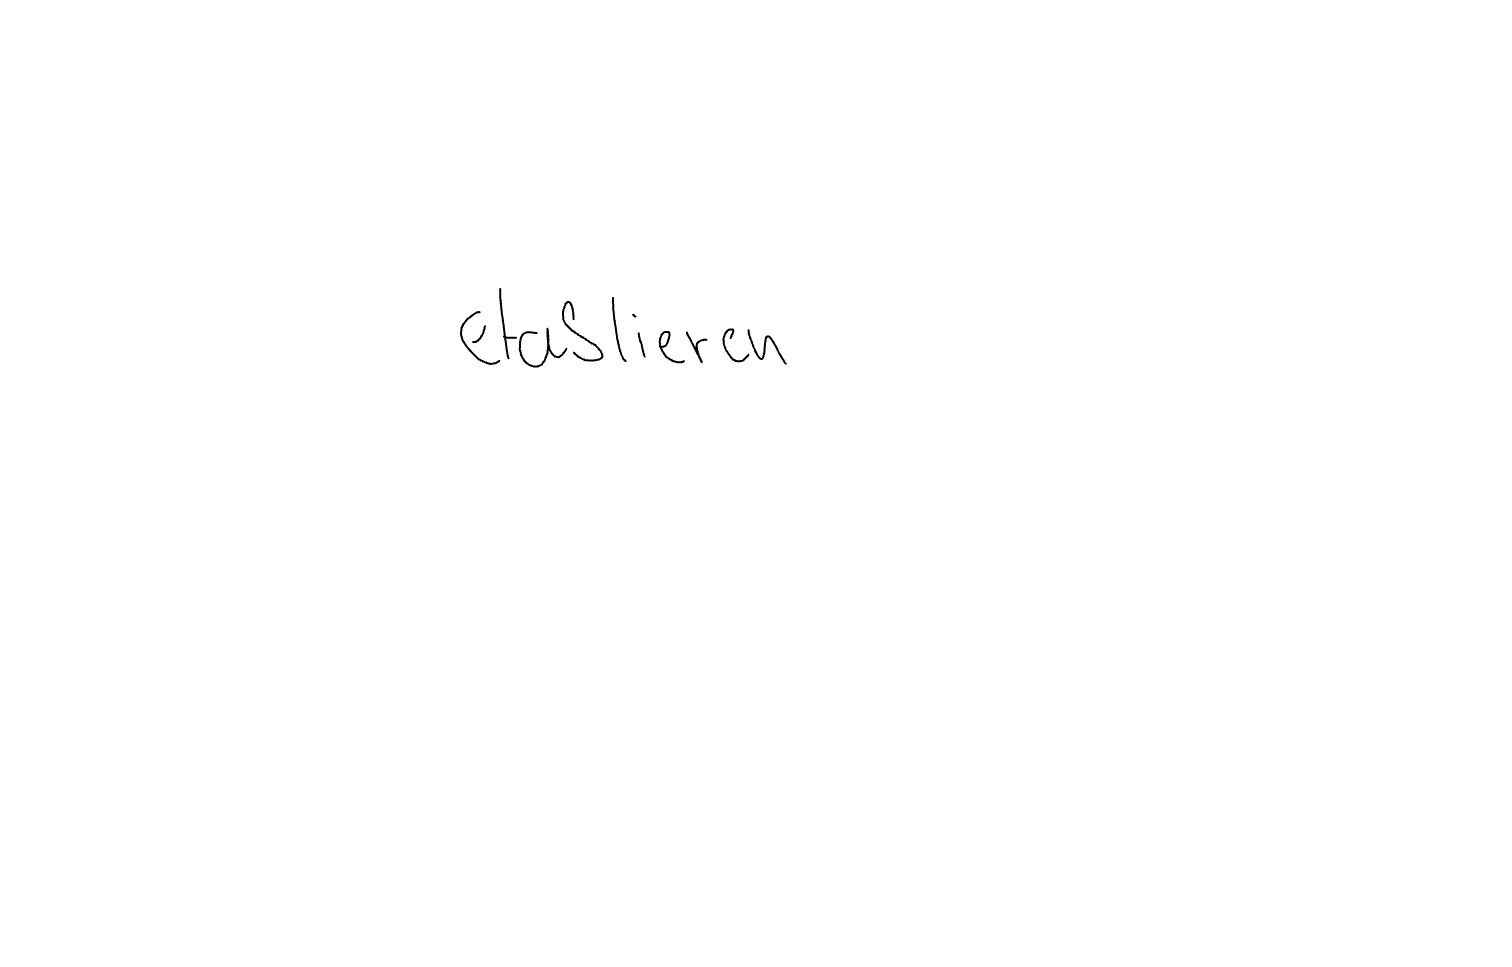
Text: etablieren